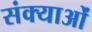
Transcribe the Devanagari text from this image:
संक्याओं